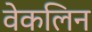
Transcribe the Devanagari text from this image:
वेकलिन